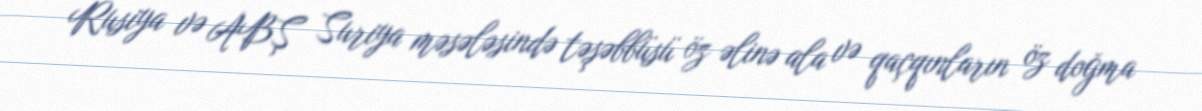
Rusiya və ABŞ Suriya məsələsində təşəbbüsü öz əlinə ala və qaçqınların öz doğma